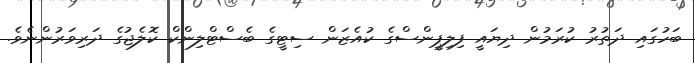
ބަހުގައި ދަތުރު ކުރަމުން ދިޔައީ ފިލިޕީންސްގެ ކުއެޒަން ސިޓީގެ ބެސްޓްލިންކް ކޮލެޖުގެ ދަރިވަރުންނެވެ.